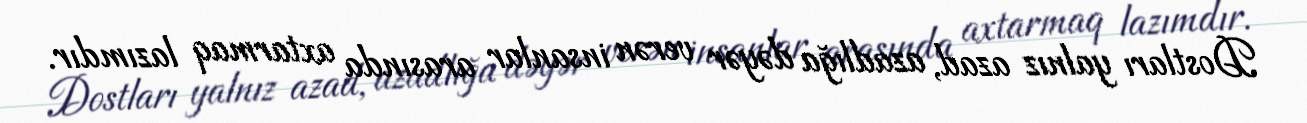
Dostları yalnız azad, azadlığa dəyər verən insanlar arasında axtarmaq lazımdır.